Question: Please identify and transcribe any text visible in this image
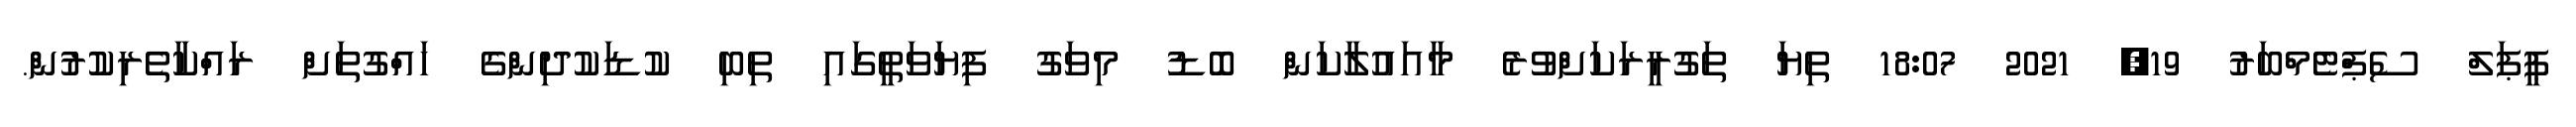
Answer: ޕީޕަލް ސެޕްޓެމްބަރު 19, 2021 18:07 ތިޔަ ތަގުރީރަކަށްވުރެ މާއައުލާކަން ބޮޑު މިވަގު ފިޔަވަތީގައި ތިބި ކުޑަކުދިންގެ ހައްގުތަށް ރައްކާތެރިކުރުން.